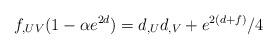
LaTeX: \begin{align*}f_{,UV} (1-\alpha e^{2d}) =d_{,U} d_{,V} + e^{2(d+f)} /4\end{align*}